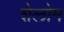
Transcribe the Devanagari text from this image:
शेलोम